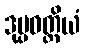
ဒုပ္ပဝတ္တိယံ